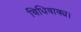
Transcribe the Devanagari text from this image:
विधिवाक्य।